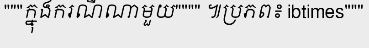
"""ក្នុងករណីណាមួយ"""" ៕ប្រភព៖ ibtimes"""